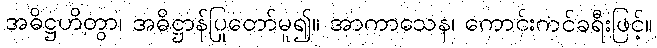
အဓိဋ္ဌဟိတွာ၊ အဓိဋ္ဌာန်ပြုတော်မူ၍။ အာကာသေန၊ ကောင်းကင်ခရီးဖြင့်။